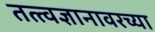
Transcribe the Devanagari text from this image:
तत्त्वज्ञानावरच्या